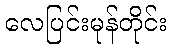
လေပြင်းမုန်တိုင်း